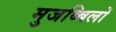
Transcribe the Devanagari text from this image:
मुजब्बिलों